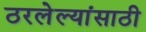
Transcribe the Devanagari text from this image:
ठरलेल्यांसाठी